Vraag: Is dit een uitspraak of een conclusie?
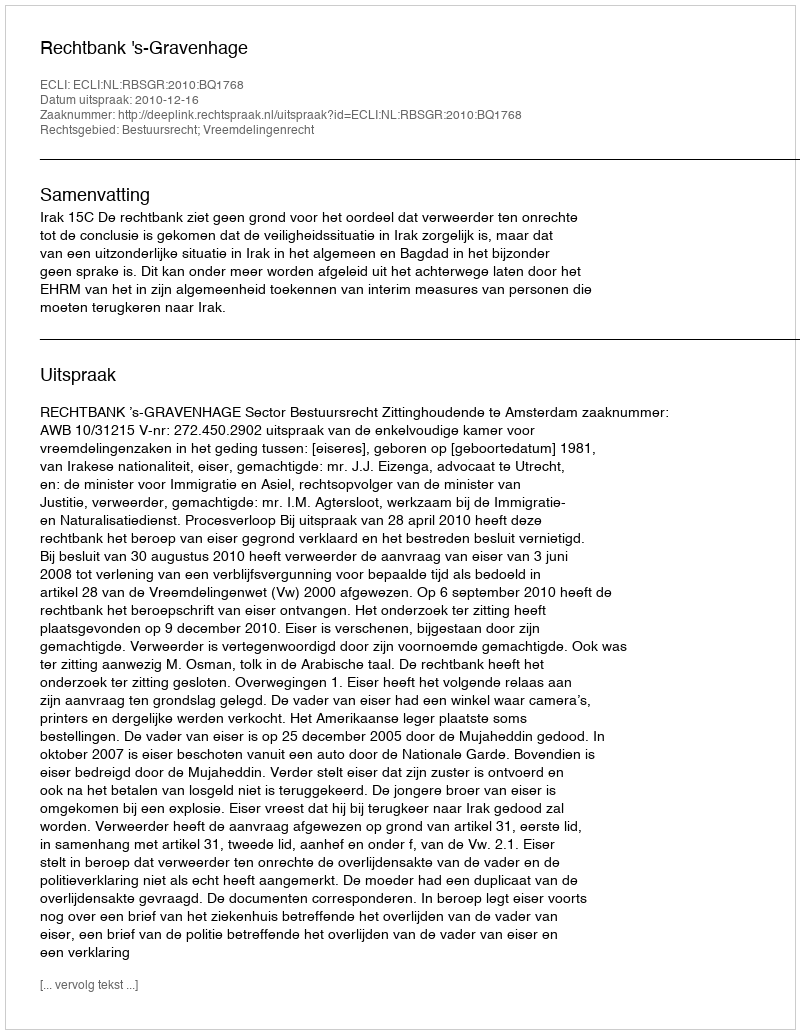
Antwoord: Uitspraak